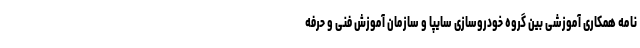
نامه همکاری آموزشی بین گروه خودروسازی سایپا و سازمان آموزش فنی و حرفه